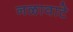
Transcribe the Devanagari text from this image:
नळावाटे